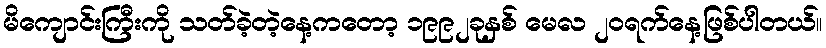
မိကျောင်းကြီးကို သတ်ခဲ့တဲ့နေ့ကတော့ ၁၉၉၂ခုနှစ် မေလ ၂၀ရက်နေ့ဖြစ်ပါတယ်။